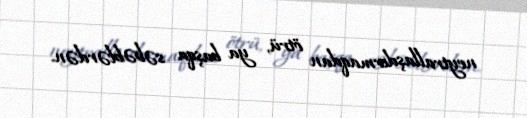
neytrallaşdırmaqdan ötrü, ya başqa səbəblərdən.